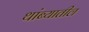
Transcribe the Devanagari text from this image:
थांब्यातील